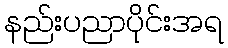
နည်းပညာပိုင်းအရ